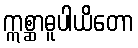
ဣစ္ဆာဓူပါယိတော